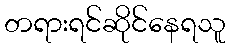
တရားရင်ဆိုင်နေရသူ